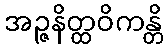
အဉ္ဇနိတ္ထဝိကန္တိ